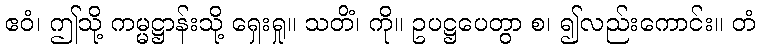
ဧဝံ၊ ဤသို့ ကမ္မဋ္ဌာန်းသို့ ရှေးရှု။ သတိံ၊ ကို။ ဥပဋ္ဌပေတွာ စ၊ ၍လည်းကောင်း။ တံ